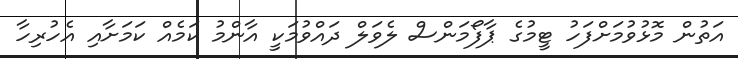
އަތުން މޮޅުވުމަށްފަހު ޓީމުގެ ޕާފޯމަންސް ލެވަލް ދައްވުމަކީ އާންމު ކަމެއް ކަމަށާއި އެހުރިހާ